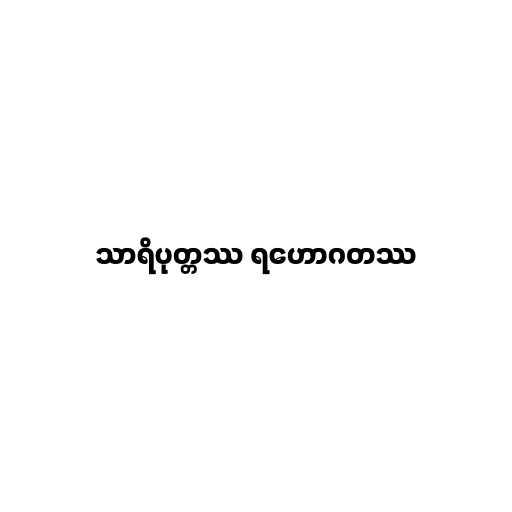
သာရိပုတ္တဿ ရဟောဂတဿ